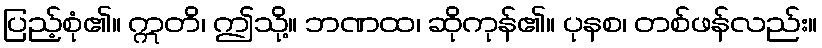
ပြည့်စုံ၏။ ဣတိ၊ ဤသို့။ ဘဏထ၊ ဆိုကုန်၏။ ပုနစ၊ တစ်ဖန်လည်း။